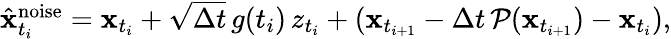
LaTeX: \begin{array}{r}{\hat{\mathbf{x}}_{t_{i}}^{\mathrm{noise}}=\mathbf{x}_{t_{i}}+\sqrt{\Delta t}\, g(t_{i})\, z_{t_{i}}+(\mathbf{x}_{t_{i+1}}-\Delta t\, \mathcal{P}(\mathbf{x}_{t_{i+1}})-\mathbf{x}_{t_{i}}),}\end{array}